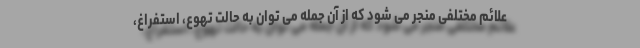
علائم مختلفی منجر می شود که از آن جمله می توان به حالت تهوع، استفراغ،